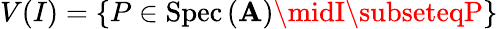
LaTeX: V(I)=\{ P\in\operatorname{Spec}\, (\mathbf{A})\midI\subseteqP\}